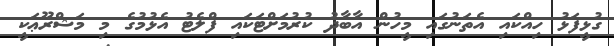
ގުޅީފަޅު ހިއްކައި އެތަނުގައި މީހުން އާބާދު ކުރުމަށްޓަކައި ފްލެޓު އެޅުމުގެ މި މަޝްރޫޢަކީ